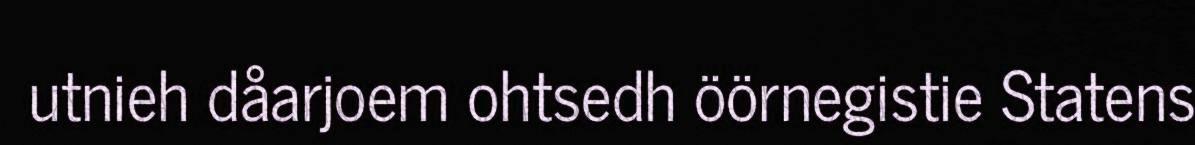
utnieh dåarjoem ohtsedh öörnegistie Statens